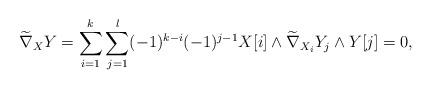
LaTeX: \begin{align*}\widetilde{\nabla}_X Y&=\sum_{i=1}^k \sum_{j=1}^l (-1)^{k-i} (-1)^{j-1}X[i]\wedge \widetilde{\nabla}_{X_i}Y_j \wedge Y[j]=0,\end{align*}